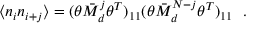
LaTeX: \langle n _ { i } n _ { i + j } \rangle = ( \theta { { \bar { \cal M } _ { d } } } ^ { j } \theta ^ { T } ) _ { 1 1 } ( \theta { { \bar { \cal M } _ { d } } } ^ { N - j } \theta ^ { T } ) _ { 1 1 } \ \ .